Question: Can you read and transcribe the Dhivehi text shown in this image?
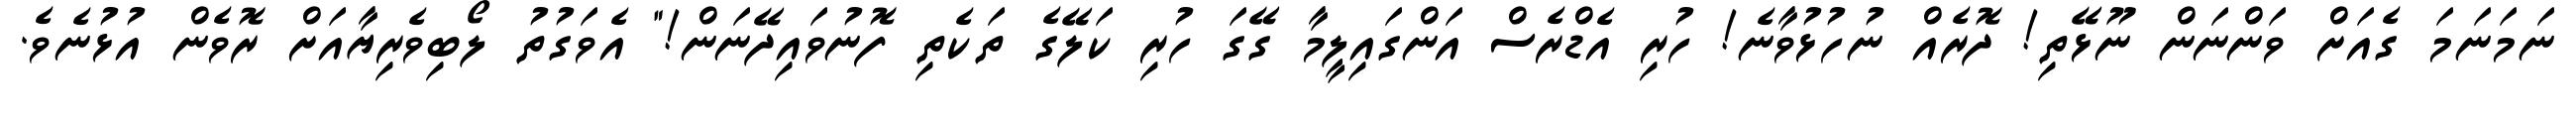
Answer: ނަމަނަމަ ގެއަށް ވަންނަން ނޫޅޭތި! ދޮރެއް ނުހުޅުވާނެ! ހުރި އެޑްރެސް އަންގައިލީމާ ގޭގަ ހުރި ކަލޭގެ ތަކެތި ފޮނުވައިދޭނަން!" އެވަގުތު ލޯބިވެރިޔާއަށް ރޮވެން އުޅުނެވެ.